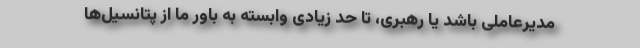
مدیرعاملی باشد یا رهبری، تا حد زیادی وابسته به باور ما از پتانسیل‌ها